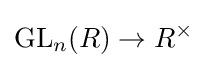
\operatorname {GL} _{n}(R)\rightarrow R^{\times }